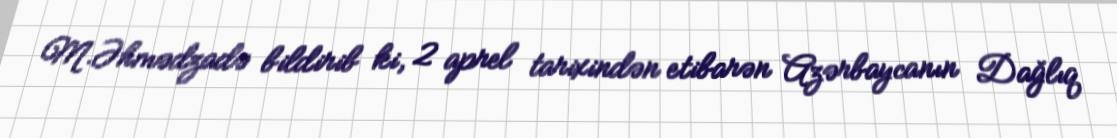
M.Əhmədzadə bildirib ki, 2 aprel tarixindən etibarən Azərbaycanın Dağlıq